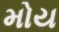
મોય